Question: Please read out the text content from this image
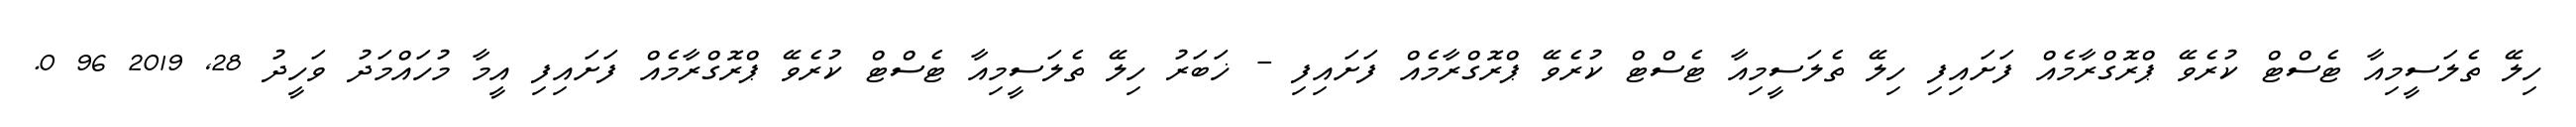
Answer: ހިލޭ ތެލަސީމިއާ ޓެސްޓް ކުރެވޭ ޕްރޮގްރާމެއް ފަށައިފި ހިލޭ ތެލަސީމިއާ ޓެސްޓް ކުރެވޭ ޕްރޮގްރާމެއް ފަށައިފި - ޚަބަރު ހިލޭ ތެލަސީމިއާ ޓެސްޓް ކުރެވޭ ޕްރޮގްރާމެއް ފަށައިފި އީމާ މުހައްމަދު ވަހީދު 28, 2019 96 0.